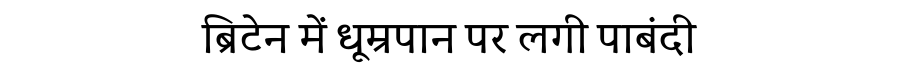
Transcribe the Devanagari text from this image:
ब्रिटेन में धूम्रपान पर लगी पाबंदी